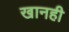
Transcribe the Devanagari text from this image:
खानही